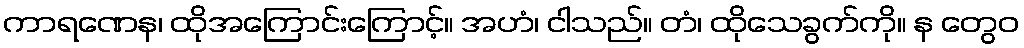
ကာရဏေန၊ ထိုအကြောင်းကြောင့်။ အဟံ၊ ငါသည်။ တံ၊ ထိုသေခွက်ကို။ န တွေဝ